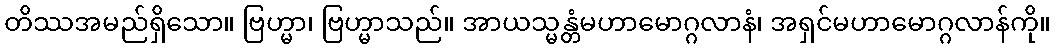
တိဿအမည်ရှိသော။ ဗြဟ္မာ၊ ဗြဟ္မာသည်။ အာယသ္မန္တံမဟာမောဂ္ဂလာနံ၊ အရှင်မဟာမောဂ္ဂလာန်ကို။